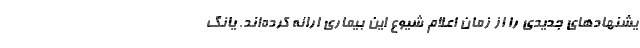
یشنهادهای جدیدی را از زمان اعلام شیوع این بیماری ارائه کرده‌اند. یانگ